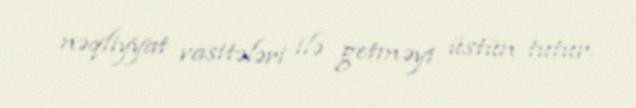
nəqliyyat vasitələri ilə getməyi üstün tutur.